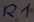
Text: R1